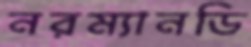
নরম্যানডি